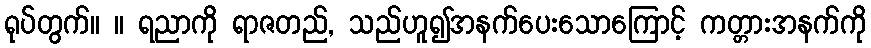
ရုပ်တွက်။ ။ ရညာကို ရာဇတည်, သည်ဟူ၍အနက်ပေးသောကြောင့် ကတ္တားအနက်ကို